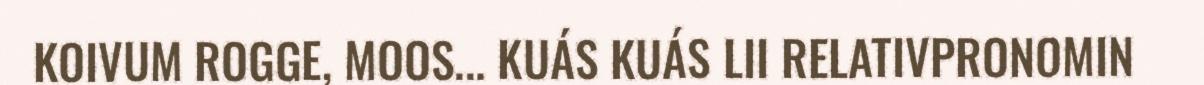
KOIVUM ROGGE, MOOS... KUÁS KUÁS LII RELATIVPRONOMIN